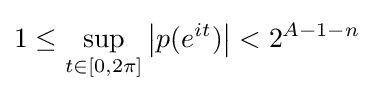
1\leq \sup _{t\in [0,2\pi ]}\left|p(e^{it})\right|<2^{A-1-n}